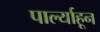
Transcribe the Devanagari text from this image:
पार्ल्याहून